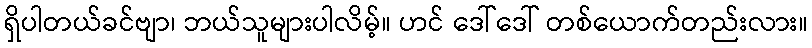
ရှိပါတယ်ခင်ဗျာ၊ ဘယ်သူများပါလိမ့်။ ဟင် ဒေါ်ဒေါ် တစ်ယောက်တည်းလား။